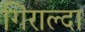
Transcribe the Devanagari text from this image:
गिराल्दा